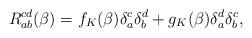
LaTeX: \begin{align*}R_{ab}^{cd}(\beta )=f_{K}(\beta )\delta _{a}^{c}\delta _{b}^{d}+g_{K}(\beta)\delta _{a}^{d}\delta _{b}^{c},\end{align*}